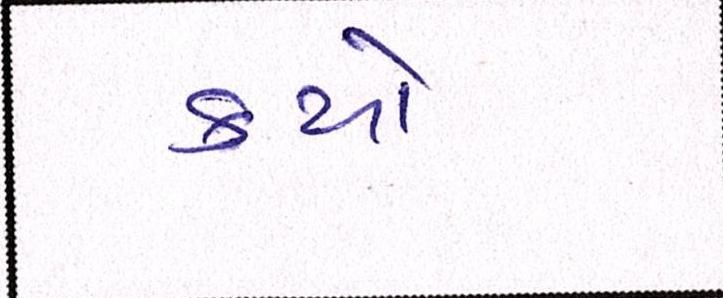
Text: કયો